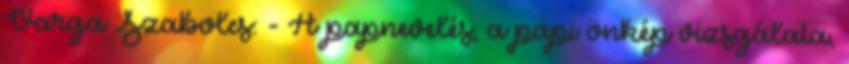
Varga Szabolcs: - A papnevelés, a papi önkép vizsgálata,